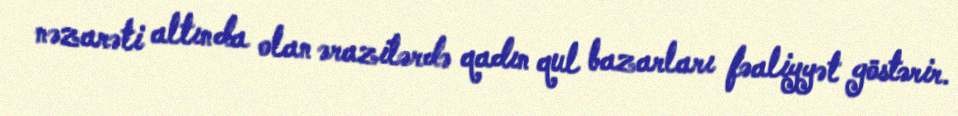
nəzarəti altında olan ərazilərdə qadın qul bazarları fəaliyyət göstərir.